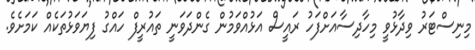
މިނިސްޓަރު ވިދާޅުވީ މިހާދިސާއަށްފަހު ރައީސް އަޅުއްވަމުން ގެންދަވަނީ ތައުރީފް ހައްގު ފިޔަވަޅުތަކެއް ކަމަށެވެ.